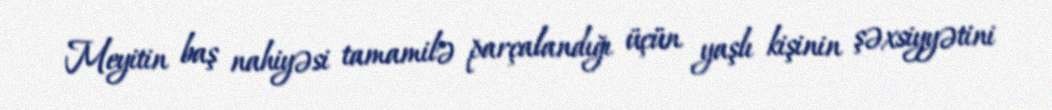
Meyitin baş nahiyəsi tamamilə parçalandığı üçün yaşlı kişinin şəxsiyyətini